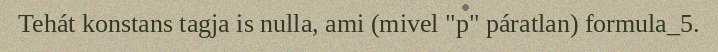
Tehát konstans tagja is nulla, ami (mivel "p" páratlan) formula_5.